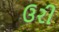
ઉરી